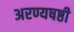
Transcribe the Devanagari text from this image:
अरण्यषष्ठी